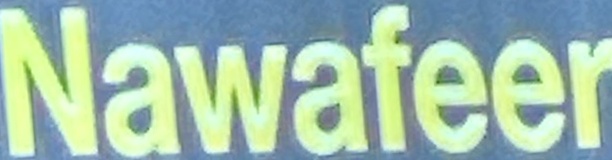
Nawafeer